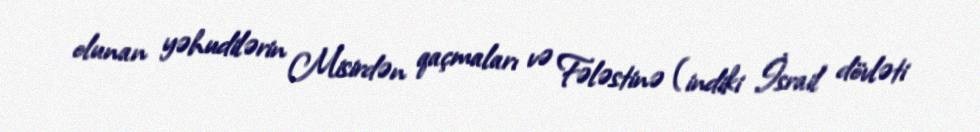
olunan yəhudilərin Misirdən qaçmaları və Fələstinə (indiki İsrail dövləti